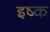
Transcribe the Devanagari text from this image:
इष्क